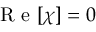
\mathrm { ~ R ~ e ~ } [ \chi ] = 0